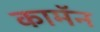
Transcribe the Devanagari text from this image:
कामॅन